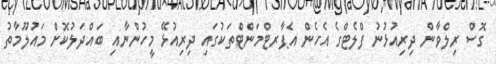
ގޮސް ރިލްވާން ދިރިއުޅުނު ފްލެޓްގެ އެހެން އެޕާރޓްމަންޓްތަކުގައި ދިރިއުޅޭ މީހުންނާއި ބައްދަލުކޮށް މައުލޫމާތު